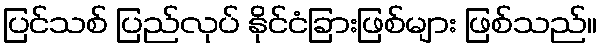
ပြင်သစ် ပြည်လုပ် နိုင်ငံခြားဖြစ်များ ဖြစ်သည်။